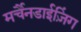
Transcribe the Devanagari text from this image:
मर्चैनडाईज़िंग